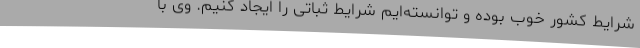
شرایط کشور خوب بوده و توانسته‌ایم شرایط ثباتی را ایجاد کنیم. وی با